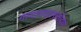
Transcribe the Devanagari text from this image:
गाथासप्तशतीच्या